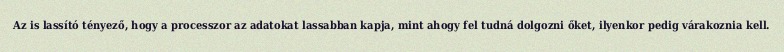
Az is lassító tényező, hogy a processzor az adatokat lassabban kapja, mint ahogy fel tudná dolgozni őket, ilyenkor pedig várakoznia kell.